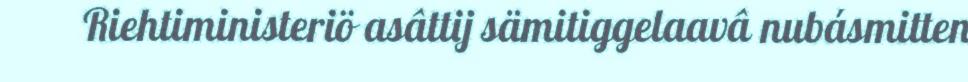
Riehtiministeriö asâttij sämitiggelaavâ nubásmitten